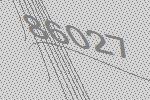
86027